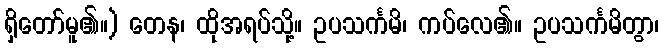
ရှိတော်မူ၏။) တေန၊ ထိုအရပ်သို့။ ဥပသင်္ကမိ၊ ကပ်လေ၏။ ဥပသင်္ကမိတွာ၊